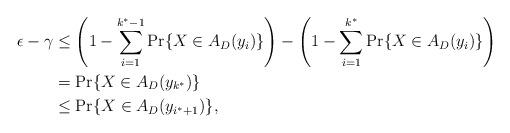
LaTeX: \begin{align*}\epsilon - \gamma & \leq \left ( 1 - \sum_{i=1}^{k^{*}-1} \Pr \{ X \in A_{D} (y_i) \} \right ) - \left ( 1 - \sum_{i=1}^{k^{*}} \Pr \{ X \in A_{D} (y_i) \} \right ) \\& = \Pr \{ X \in A_{D} (y_{k^*}) \} \\& \leq \Pr \{ X \in A_{D} (y_{i^* + 1}) \},\end{align*}